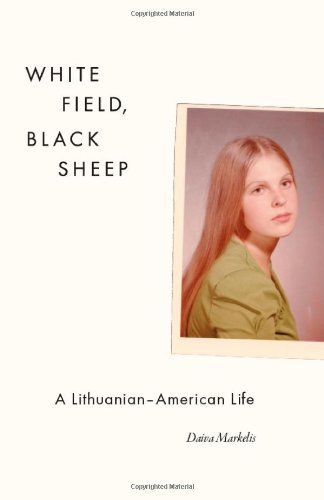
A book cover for White Field, Black Sheep: A Lithuanian-American Life; Daiva Markelis; Biographies & Memoirs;